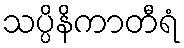
သပ္ပိနိကာတီရံ